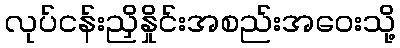
လုပ်ငန်းညှိနှိုင်းအစည်းအဝေးသို့